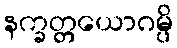
နက္ခတ္တယောဂမ္ပိ